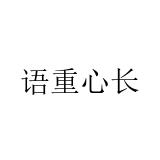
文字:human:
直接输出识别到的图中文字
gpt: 语重心长